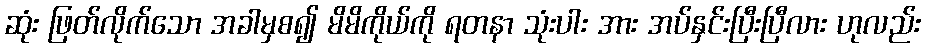
ဆုံး ဖြတ်လိုက်သော အခါမှစ၍ မိမိကိုယ်ကို ရတနာ သုံးပါး အား အပ်နှင်းပြီးပြီလား ဟုလည်း